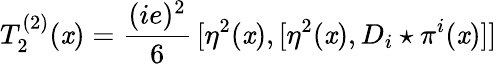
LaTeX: T_{2}^{(2)}(\mathit{x})=\frac{{(ie)^{2}}}{{6}}\, [\eta^{2}(\mathit{x}),[\eta^{2}(\mathit{x}),D_{i}\star\pi^{i}(\mathit{x})]]